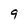
Character: 9